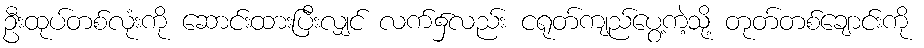
ဦးထုပ်တစ်လုံးကို ဆောင်းထားပြီးလျှင် လက်၌လည်း ငရုတ်ကျည်ပွေ့ကဲ့သို့ တုတ်တစ်ချောင်းကို